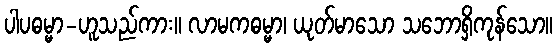
ပါပဓမ္မာ-ဟူသည်ကား။ လာမကဓမ္မာ၊ ယုတ်မာသော သဘောရှိကုန်သော။